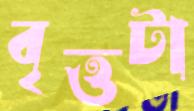
বৃত্তটা